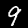
Digit: 9